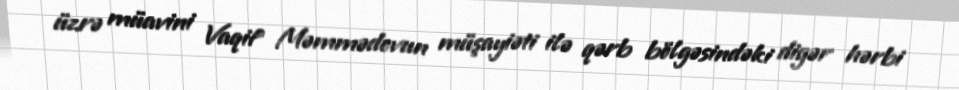
üzrə müavini Vaqif Məmmədovun müşayiəti ilə qərb bölgəsindəki digər hərbi